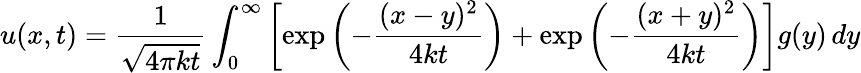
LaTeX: u(x,t)={\frac{1}{\sqrt{4\pi kt}}}\int_{0}^{\infty}\left[\exp\left(-{\frac{(x-y)^{2}}{4kt}}\right)+\exp\left(-{\frac{(x+y)^{2}}{4kt}}\right)\right]g(y)\, dy